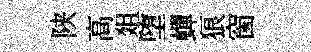
陕高爼堕蟬狼窗